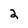
Character: 2